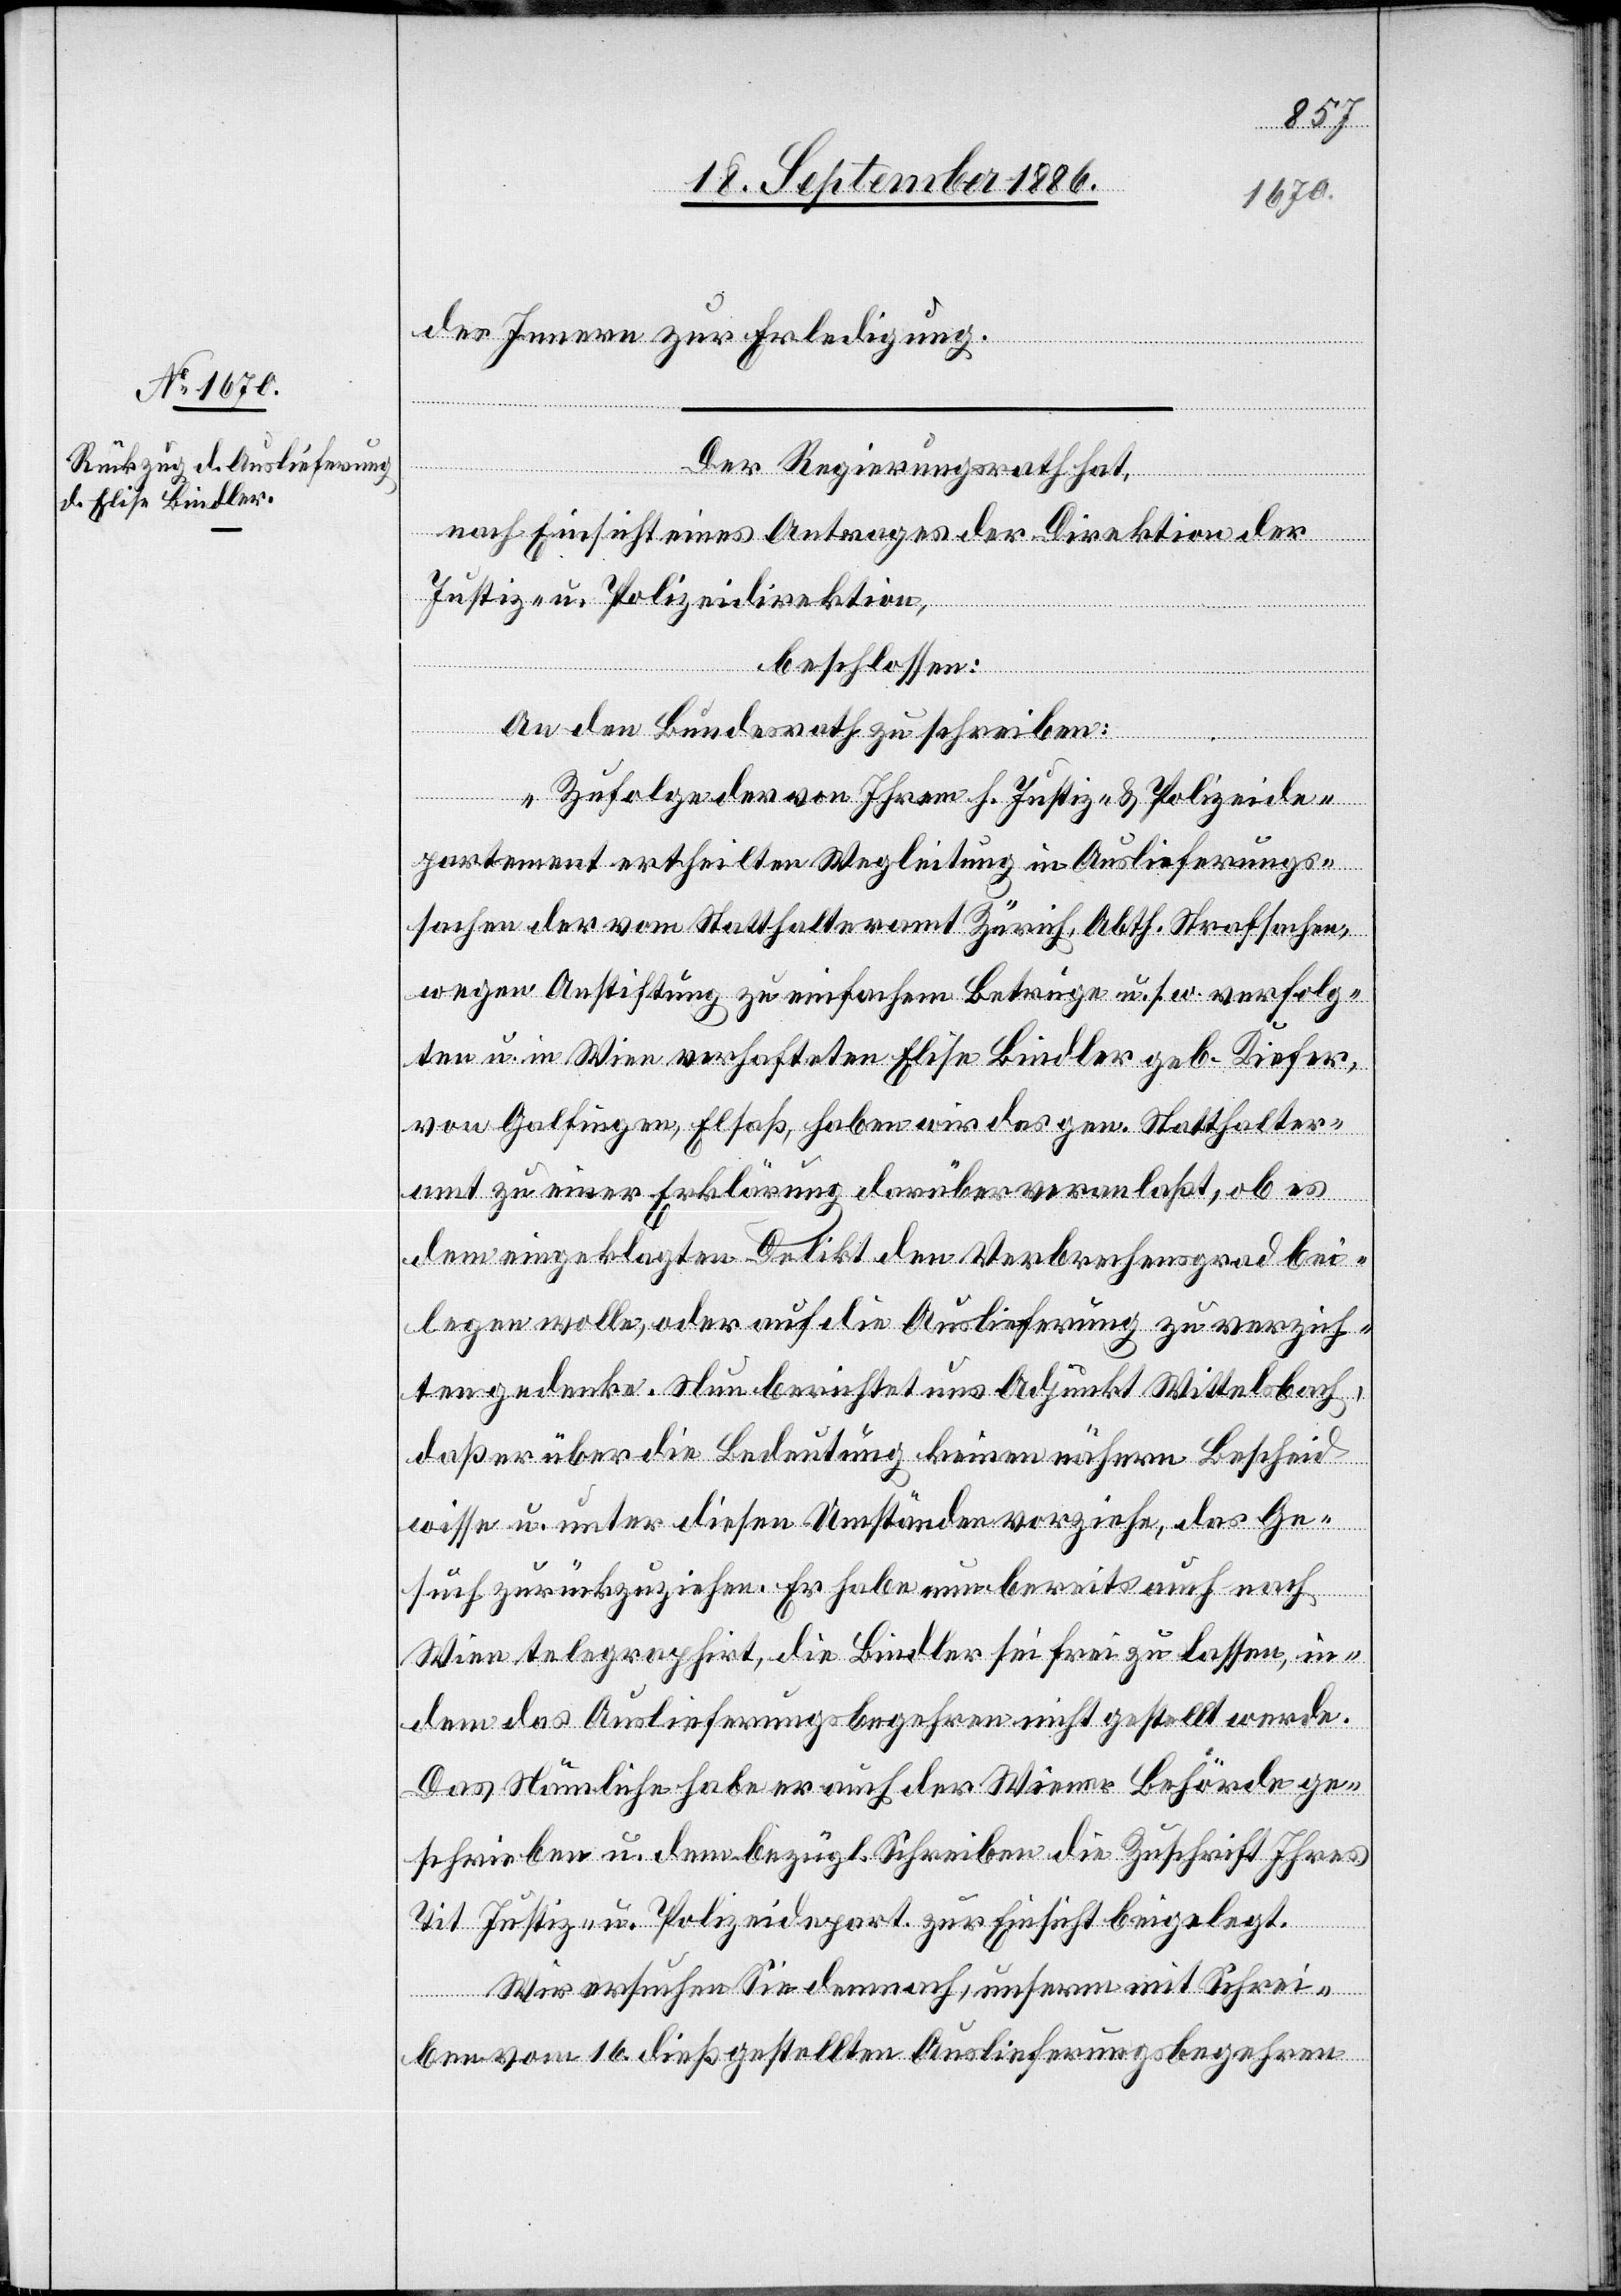
22. September 1886.]
des Innern zur Erledigung.
Der Regierungsrath hat,
nach Einsicht eines Antrages der Direktion der
Justiz u. Polizeidirektion
beschlossen:
An den Bundesrath zu schreiben:
alverfüg¬
„Zufolge der von Ihrem Justiz- & Polizeide¬
partement ertheilten Wegleitung in Auslieferungs¬
sachen der vom Statthalteramt Zürich, Abth. Strafsachen,
wegen Anstiftung zu einfachem Betruge u. s. w. verfolg¬
ten u. in Wien verhafteten Elise Bindler, geb. Kiefer,
von Galfingen, Elsaß, haben wir das gen. Statthalter¬
amt zu einer Erklärung darüber veranlaßt, ob es
dem eingeklagten Delikt den Verbrechensgrad bei¬
legen wolle, oder auf die Auslieferung zu verzich¬
ten gedenke. Nun berichtet uns Adjunkt Wittelsbach,
daß er über die Bedeutung keinen nähern Bescheid
wisse u. unter diesen Umständen vorziehe, das Ge¬
such zurückzuziehen. Er habe nun bereits auch nach
ungen
Wien telegraphirt, die Bindler sei frei zu lassen, in¬
dem das Auslieferungsbegehren nicht gestellt werde.
Das Nämliche habe er auch der Wiener Behörde ge¬
schrieben u. dem bezügl. Schreiben die Zuschrift Ihres
Tit Justiz- u. Polizeidepart. zur Einsicht beigelegt.
Wir ersuchen Sie demnach, unserm mit Schrei¬
ben vom 16. dieß gestellten Auslieferungsbegehren